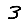
Digit: 3